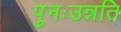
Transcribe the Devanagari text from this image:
पुनःउन्नति